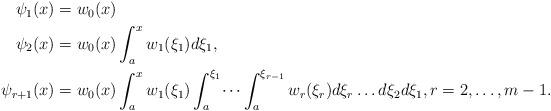
LaTeX: \begin{align*}\begin{aligned}\psi_1(x) &= w_0(x)\\\psi_2(x) &= w_0(x) \int_a^{x}w_1(\xi_1) d\xi_1,\\\psi_{r+1}(x) &= w_0(x) \int_a^{x}w_1(\xi_1) \int_a^{\xi_1} \dots \int_a^{\xi_{r-1}}w_{r}(\xi_r) d\xi_r \dots d\xi_2 d\xi_1, r=2,\dots,m-1.\end{aligned}\end{align*}